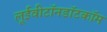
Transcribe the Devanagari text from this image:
लूईवीटॉनडॉटकॉम